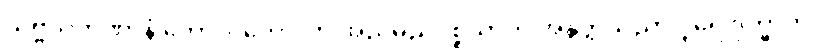
သဗ္ဗသကုဏာနံ ကောလံကောလာ အညမညပစ္စယာတိ အနွတ္ထသညာ ပူရေ ဒုက္ခာတိ